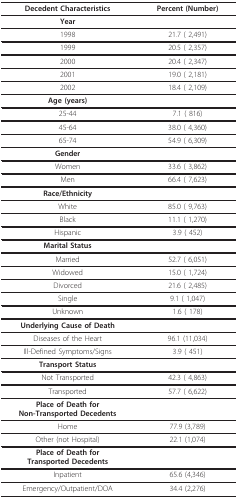
<table><thead><tr><td><b>Decedent Characteristics</b></td><td><b>Percent (Number)</b></td></tr></thead><tbody><tr><td><b>Year</b></td><td></td></tr><tr><td>1998</td><td>21.7 ( 2,491)</td></tr><tr><td>1999</td><td>20.5 ( 2,357)</td></tr><tr><td>2000</td><td>20.4 ( 2,347)</td></tr><tr><td>2001</td><td>19.0 ( 2,181)</td></tr><tr><td>2002</td><td>18.4 ( 2,109)</td></tr><tr><td><b>Age (years)</b></td><td></td></tr><tr><td>25-44</td><td>7.1 ( 816)</td></tr><tr><td>45-64</td><td>38.0 ( 4,360)</td></tr><tr><td>65-74</td><td>54.9 ( 6,309)</td></tr><tr><td><b>Gender</b></td><td></td></tr><tr><td>Women</td><td>33.6 ( 3,862)</td></tr><tr><td>Men</td><td>66.4 ( 7,623)</td></tr><tr><td><b>Race/Ethnicity</b></td><td></td></tr><tr><td>White</td><td>85.0 ( 9,763)</td></tr><tr><td>Black</td><td>11.1 ( 1,270)</td></tr><tr><td>Hispanic</td><td>3.9 ( 452)</td></tr><tr><td><b>Marital Status</b></td><td></td></tr><tr><td>Married</td><td>52.7 ( 6,051)</td></tr><tr><td>Widowed</td><td>15.0 ( 1,724)</td></tr><tr><td>Divorced</td><td>21.6 ( 2,485)</td></tr><tr><td>Single</td><td>9.1 ( 1,047)</td></tr><tr><td>Unknown</td><td>1.6 ( 178)</td></tr><tr><td><b>Underlying Cause of Death</b></td><td></td></tr><tr><td>Diseases of the Heart</td><td>96.1 (11,034)</td></tr><tr><td>Ill-Defined Symptoms/Signs</td><td>3.9 ( 451)</td></tr><tr><td><b>Transport Status</b></td><td></td></tr><tr><td>Not Transported</td><td>42.3 ( 4,863)</td></tr><tr><td>Transported</td><td>57.7 ( 6,622)</td></tr><tr><td><b>Place of Death for</b><b>Non-Transported Decedents</b></td><td></td></tr><tr><td>Home</td><td>77.9 (3,789)</td></tr><tr><td>Other (not Hospital)</td><td>22.1 (1,074)</td></tr><tr><td><b>Place of Death for</b><b>Transported Decedents</b></td><td></td></tr><tr><td>Inpatient</td><td>65.6 (4,346)</td></tr><tr><td>Emergency/Outpatient/DOA</td><td>34.4 (2,276)</td></tr></tbody></table>